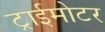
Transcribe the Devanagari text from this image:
ट्राईमोटर